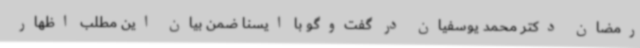
رمضان دکتر محمد یوسفیان در گفت‌وگو با ایسنا ضمن بیان این مطلب اظهار